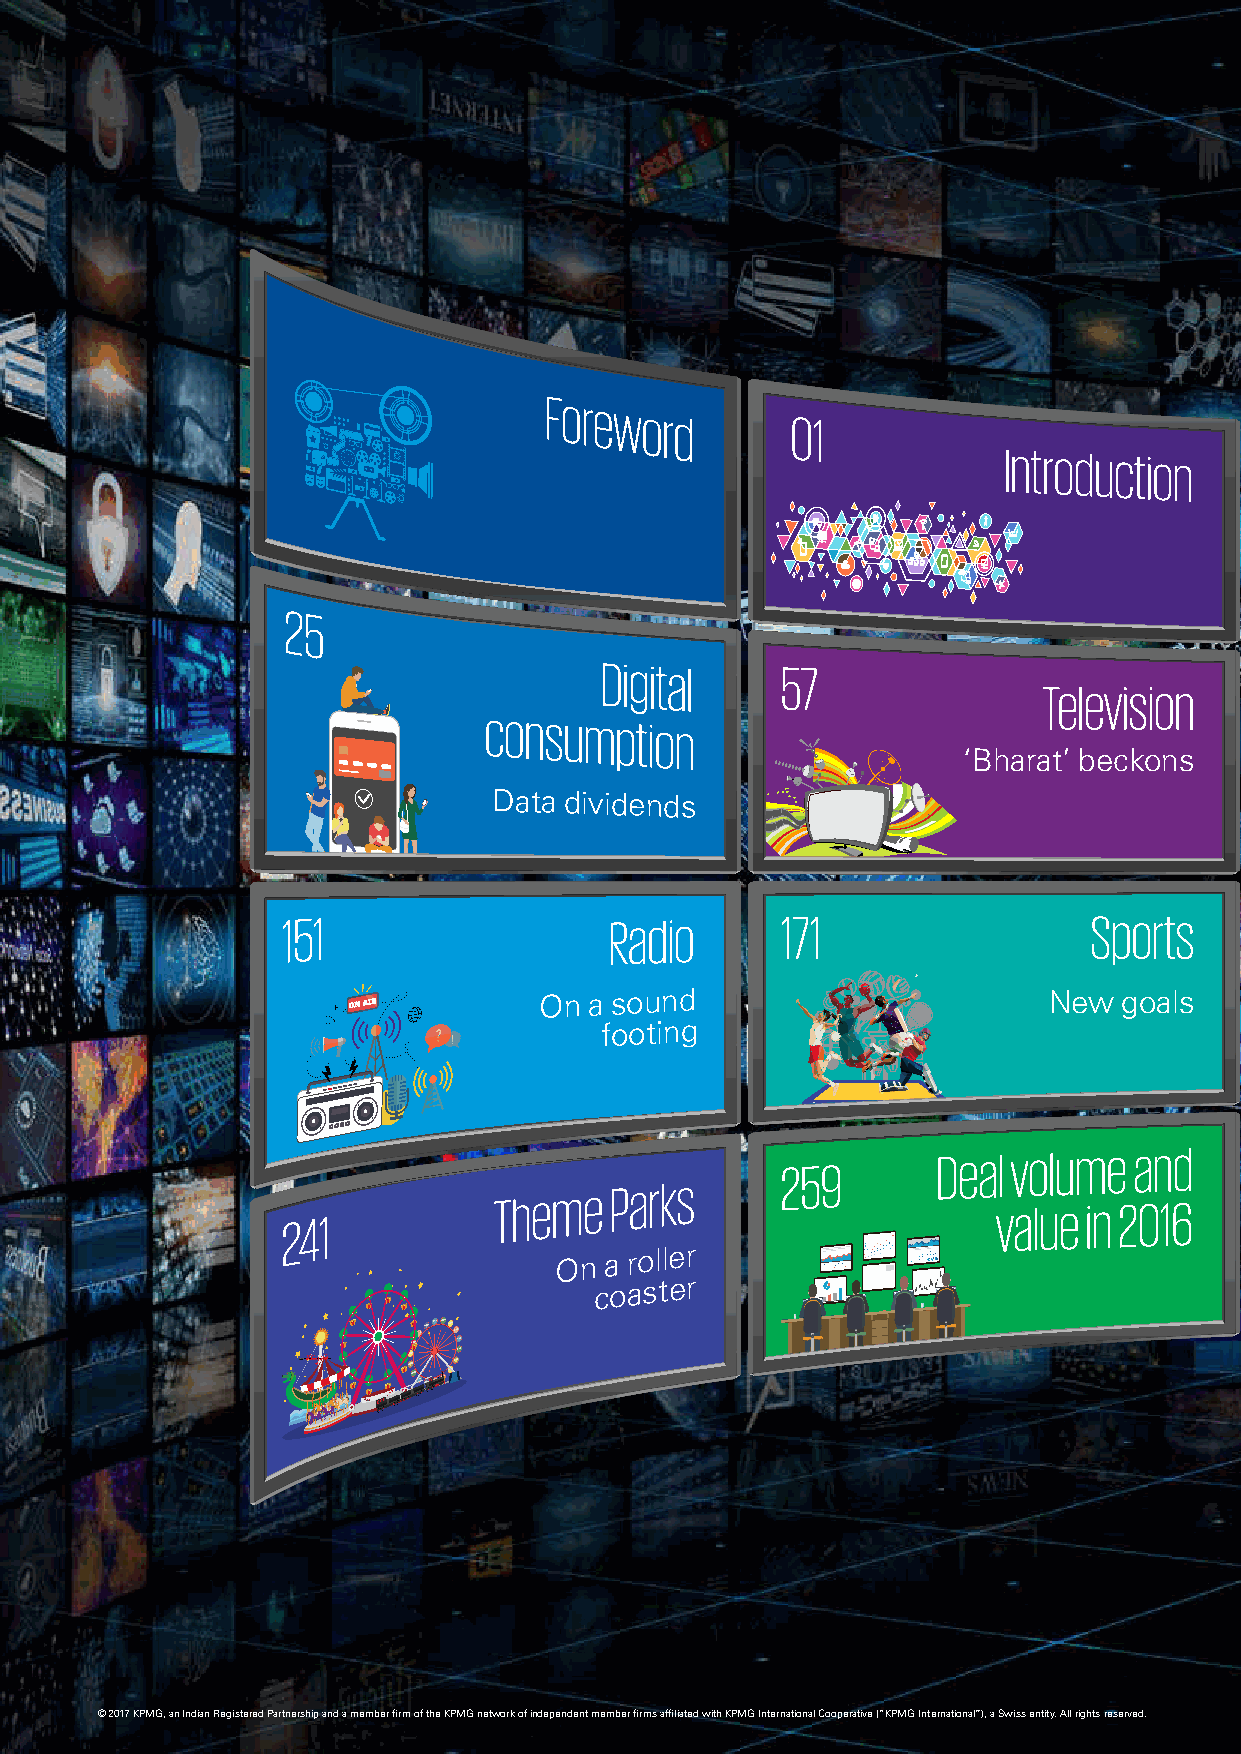
Foreword
 01
 Introduction
 25
 Digital     57
 Television
 consumption
 ‘Bharat’ beckons
 Data dividends
 151                  Radio       171                 Sports
 On a sound                       New  goals
 footing
 Deal volume  and
 259
 Theme
 Parks
 value in 2016
 241
 On a
 roller
 coaster
 © 2017 KPMG, an Indian Registered Partnership and a member firm of the KPMG network of independent member firms affiliated with KPMG International Cooperative (“KPMG International”), a Swiss entity. All rights reserved.